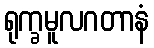
ရုက္ခမူလဂတာနံ